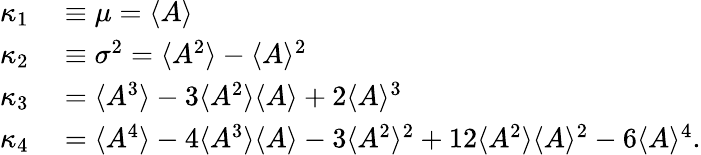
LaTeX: \begin{array}{rl}{\kappa_{1}}&{{}\equiv\mu=\langle{A}\rangle{}}\\ {\kappa_{2}}&{{}\equiv\sigma^{2}=\langle{A^{2}}\rangle{}-\langle{A}\rangle{}^{2}}\\ {\kappa_{3}}&{{}=\langle{A^{3}}\rangle{}-3\langle{A^{2}}\rangle{}\langle{A}\rangle{}+2\langle{A}\rangle{}^{3}}\\ {\kappa_{4}}&{{}=\langle{A^{4}}\rangle{}-4\langle{A^{3}}\rangle{}\langle{A}\rangle{}-3\langle{A^{2}}\rangle{}^{2}+12\langle{A^{2}}\rangle{}\langle{A}\rangle{}^{2}-6\langle{A}\rangle{}^{4}.}\end{array}